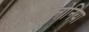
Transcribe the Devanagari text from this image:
काटालोनिया